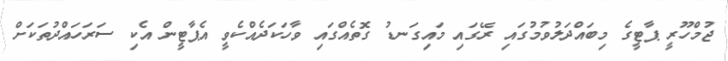
ޖުމްހޫރީ ޕާޓީގެ މިބައްދަލުވުމުގައި ރޭގައި މައިގަނޑު ގޮތެއްގައި ވާހަަކަދެއްކެވީ އެޕާޓީން އެކި ސަރަހައްދުތަކަށް